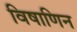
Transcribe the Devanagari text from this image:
विषाणिन